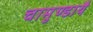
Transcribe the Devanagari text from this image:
चामुण्डायै